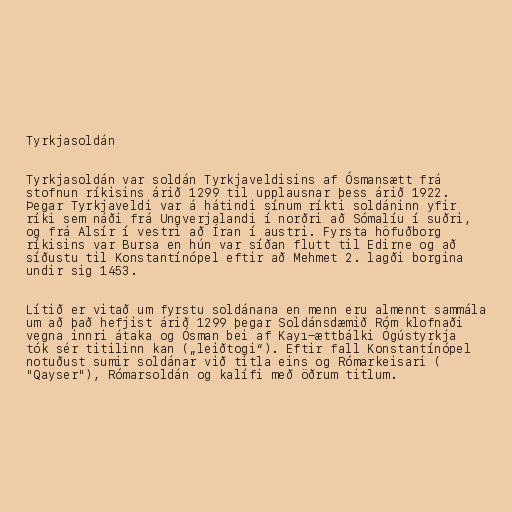
Tyrkjasoldán

Tyrkjasoldán var soldán Tyrkjaveldisins af Ósmansætt frá
stofnun ríkisins árið 1299 til upplausnar þess árið 1922.
Þegar Tyrkjaveldi var á hátindi sínum ríkti soldáninn yfir
ríki sem náði frá Ungverjalandi í norðri að Sómalíu í suðri,
og frá Alsír í vestri að Íran í austri. Fyrsta höfuðborg
ríkisins var Bursa en hún var síðan flutt til Edirne og að
síðustu til Konstantínópel eftir að Mehmet 2. lagði borgina
undir sig 1453.

Lítið er vitað um fyrstu soldánana en menn eru almennt sammála
um að það hefjist árið 1299 þegar Soldánsdæmið Róm klofnaði
vegna innri átaka og Ósman bei af Kayı-ættbálki Ógústyrkja
tók sér titilinn kan („leiðtogi“). Eftir fall Konstantínópel
notuðust sumir soldánar við titla eins og Rómarkeisari (قیصر
"Qayser"), Rómarsoldán og kalífi með öðrum titlum.